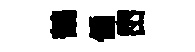
鶴偏崈